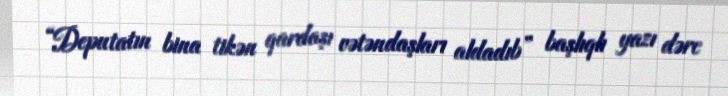
“Deputatın bina tikən qardaşı vətəndaşları aldadıb” başlıqlı yazı dərc